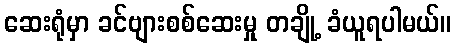
ဆေးရုံမှာ ခင်ဗျားစစ်ဆေးမှု တချို့ ခံယူရပါမယ်။